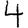
Digit: 4